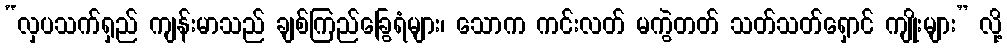
“လှပသက်ရှည် ကျန်းမာသည် ချစ်ကြည်ခြွေရံများ၊ သောက ကင်းလတ် မကွဲတတ် သတ်သတ်ရှောင် ကျိုးများ” လို့